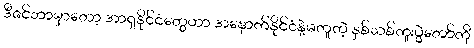
ဒီဇင်ဘာမှာတော့ အာရှနိုင်ငံတွေဟာ အနောက်နိုင်ငံနဲ့မတူတဲ့ နှစ်သစ်ကူးပွဲတော်ကို